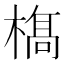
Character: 𣘺